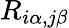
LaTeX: R_{i\alpha,j\beta}